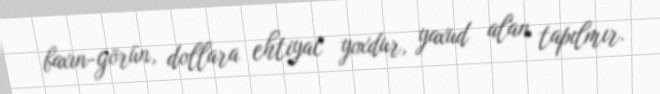
baxın-görün, dollara ehtiyac yoxdur, yaxud alan tapılmır.